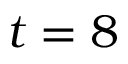
t = 8